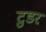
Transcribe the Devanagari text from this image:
टुडर